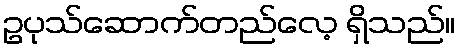
ဥပုသ်ဆောက်တည်လေ့ ရှိသည်။